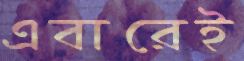
এবারেই